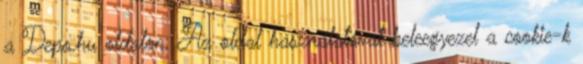
a Depo.hu oldalon. Az oldal használatával beleegyezel a cookie-k